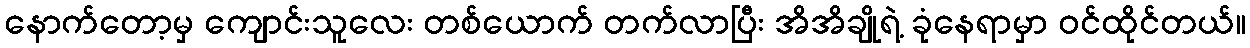
နောက်တော့မှ ကျောင်းသူလေး တစ်ယောက် တက်လာပြီး အိအိချိုရဲ့ ခုံနေရာမှာ ဝင်ထိုင်တယ်။